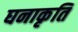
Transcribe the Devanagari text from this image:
घनाकृति